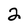
Character: 2